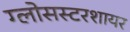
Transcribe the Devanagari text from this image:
ग्लोसस्टरशायर